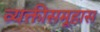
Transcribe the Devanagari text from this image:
व्यक्तीसमूहास